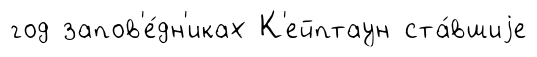
год запов'е́дн'иках К'ейптаун ста́вшиjе